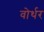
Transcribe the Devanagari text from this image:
वोर्थर